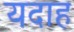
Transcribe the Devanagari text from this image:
यदाह